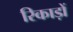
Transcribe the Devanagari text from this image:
रिकाड़ों